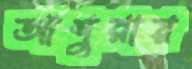
আশুরায়